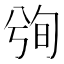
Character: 𰃢